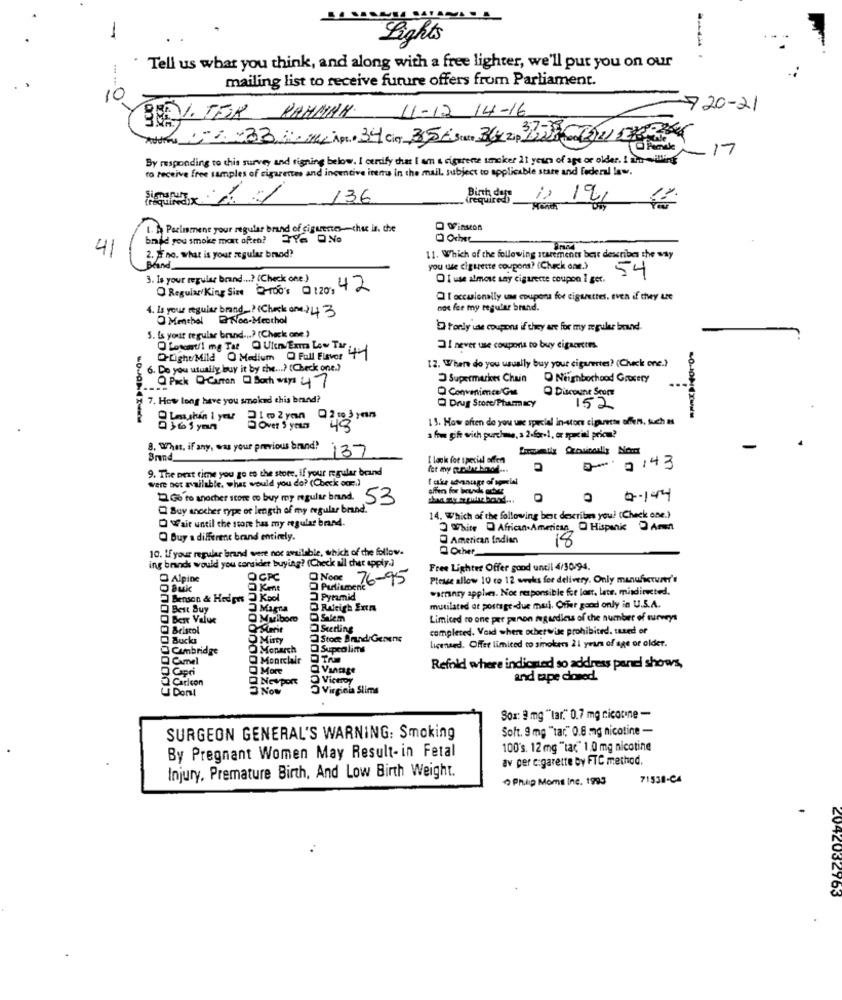
-
Lights
Tell us what you think, and along with a free lighter, we'll put you on our
mailing list to receive future offers from Parliament.
10
720-21
BRYTER RAHMAN 11-12 14-16
17
By responding to this survey and tigning below. I certify that I am & cigurene smoker 11 years of age or older. I am willing
to receive free samples of cigarettes and incentive items in the mail, subject to applicable stare and federal law.
136
(required)
Birth der-
Parliament your regular brand of ciqueste-the is, the
O Winston
brood you smoke mart often? TY6 D.No
41
2. # no. what is your regular brood?
11. Which of the following statements best describes the way
Brand
you use cigarette coupons? (Check one.)
54
3. Is your regular brand ...? (Check one)
Of use almost say cigarette coupon I get.
0 Regular/King Size 0-100's @120: 42
Qt occuionally une coupons foe cigarettes. even if they Le
1. Is your regular brand _? (Check one243
not fee my regular brand.
Menthal
GNoc-Menthol
tonly use coupons if they are for my regular brand.
5. Is your regular brand ...? (Check one )
Lowell mg Tot Uten/ Exma Low Tar 4.
I never use coupons to buy cigarettes.
O-Lighu Mild O Medium Q Full Flavor
6. Do you usually buy it by che ...? (Check one.)
12. Where do you usually buy your cigarettes? (Check one.)
@ Pick -Camion Q Both ways 47
Supermarket Chain
O Neighborhood Grocery
· Convenience Go
7. How long have you smoked this brand?
Q Discoune Seom
152
Drug Store/Pharmacy
Lessthan 1 year
1 3. How often do you use special in-store cipantes offers, such as
6 365 yan
Over 9 yours
43
a fome gift with purchase, a 2.for-1, or special price?
8. What, if any, was your previous brand!
137
Brand
[ look foe special offer
9. The next time you go to the store, if your regular brand
0- 0:43
Were not available. what would you do? (Check ocr.)
offers for ieuwe achats
Go to another store to buy my regular brand. 53
0.144
Bay anocher type of length of my regular brand.
O Wait until the store has my regular brand.
14. Which of the following best describes you? (Check one.)
White @ African American O Hispanic DAnn
Q Buy a different brand entirely.
American Indian
18
10. If your regular brand were not available, which of the follow.
ing brands would you consider buying? (Check all chat apply.)
Free Lighter Offer good until 4/30/94.
Alpine
QC
O Nonc
76-95
Please allow 10 co 12 weeks fer delivery. Only manufacturer's
O auk
Pulitmene
warranty applem. Noc responsible for los, late, misdirected.
Benson & Hodges
5k
Pyramid
Best Buy
Magra
O Raktich Enta
mutilated at postage-due musi. Offer good only in U.S.A.
Ber Value
Q Salem
Limiced ro one per person mugardicus of the number of surveys
Ofterit
Sterling
completed. Vaid where otherwise prohibited. tused of
Bucks
Misty
Store Brand Genene
Cunbridge
O Monarch
Supco lims
licensed. Offer limited to smokers 21 years of age or older.
Q Camel
O Montclair
Q More
Refold where indicned so address pandi shows,
O Carlcon
Q NevpoRt
Viceroy
and tape coned.
I Don!
3NOW
Virginia Slims
Sox: 9 mg ""tar." 0.7 mg nicotine -
Soft. 9 mg "tar," 0.8 mg nicotine -
SURGEON GENERAL'S WARNING: Smoking
100's. 12 mg "tac" 1,0 mg nicotine
By Pregnant Women May Result- in Fetal
av per cigarette by FTC method.
Injury, Premature Birth, And Low Birth Weight.
Philip Moms Inc. 1993
71538-CA
2042032763